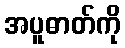
အပူဓာတ်ကို